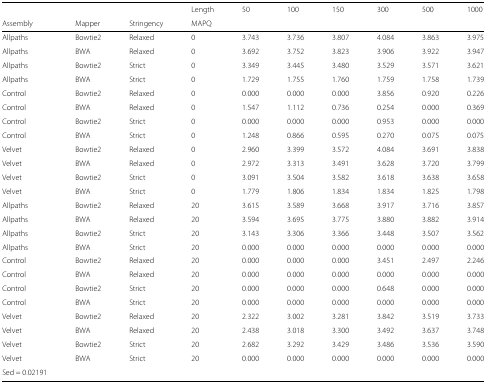
<table><thead><tr><td></td><td></td><td></td><td><b>Length</b></td><td><b>50</b></td><td><b>100</b></td><td><b>150</b></td><td><b>300</b></td><td><b>500</b></td><td><b>1000</b></td></tr><tr><td><b>Assembly</b></td><td><b>Mapper</b></td><td><b>Stringency</b></td><td><b>MAPQ</b></td><td></td><td></td><td></td><td></td><td></td><td></td></tr></thead><tbody><tr><td>Allpaths</td><td>Bowtie2</td><td>Relaxed</td><td>0</td><td>3.743</td><td>3.736</td><td>3.807</td><td>4.084</td><td>3.863</td><td>3.975</td></tr><tr><td>Allpaths</td><td>BWA</td><td>Relaxed</td><td>0</td><td>3.692</td><td>3.752</td><td>3.823</td><td>3.906</td><td>3.922</td><td>3.947</td></tr><tr><td>Allpaths</td><td>Bowtie2</td><td>Strict</td><td>0</td><td>3.349</td><td>3.445</td><td>3.480</td><td>3.529</td><td>3.571</td><td>3.621</td></tr><tr><td>Allpaths</td><td>BWA</td><td>Strict</td><td>0</td><td>1.729</td><td>1.755</td><td>1.760</td><td>1.759</td><td>1.758</td><td>1.739</td></tr><tr><td>Control</td><td>Bowtie2</td><td>Relaxed</td><td>0</td><td>0.000</td><td>0.000</td><td>0.000</td><td>3.856</td><td>0.920</td><td>0.226</td></tr><tr><td>Control</td><td>BWA</td><td>Relaxed</td><td>0</td><td>1.547</td><td>1.112</td><td>0.736</td><td>0.254</td><td>0.000</td><td>0.369</td></tr><tr><td>Control</td><td>Bowtie2</td><td>Strict</td><td>0</td><td>0.000</td><td>0.000</td><td>0.000</td><td>0.953</td><td>0.000</td><td>0.000</td></tr><tr><td>Control</td><td>BWA</td><td>Strict</td><td>0</td><td>1.248</td><td>0.866</td><td>0.595</td><td>0.270</td><td>0.075</td><td>0.075</td></tr><tr><td>Velvet</td><td>Bowtie2</td><td>Relaxed</td><td>0</td><td>2.960</td><td>3.399</td><td>3.572</td><td>4.084</td><td>3.691</td><td>3.838</td></tr><tr><td>Velvet</td><td>BWA</td><td>Relaxed</td><td>0</td><td>2.972</td><td>3.313</td><td>3.491</td><td>3.628</td><td>3.720</td><td>3.799</td></tr><tr><td>Velvet</td><td>Bowtie2</td><td>Strict</td><td>0</td><td>3.091</td><td>3.504</td><td>3.582</td><td>3.618</td><td>3.638</td><td>3.658</td></tr><tr><td>Velvet</td><td>BWA</td><td>Strict</td><td>0</td><td>1.779</td><td>1.806</td><td>1.834</td><td>1.834</td><td>1.825</td><td>1.798</td></tr><tr><td>Allpaths</td><td>Bowtie2</td><td>Relaxed</td><td>20</td><td>3.615</td><td>3.589</td><td>3.668</td><td>3.917</td><td>3.716</td><td>3.857</td></tr><tr><td>Allpaths</td><td>BWA</td><td>Relaxed</td><td>20</td><td>3.594</td><td>3.695</td><td>3.775</td><td>3.880</td><td>3.882</td><td>3.914</td></tr><tr><td>Allpaths</td><td>Bowtie2</td><td>Strict</td><td>20</td><td>3.143</td><td>3.306</td><td>3.366</td><td>3.448</td><td>3.507</td><td>3.562</td></tr><tr><td>Allpaths</td><td>BWA</td><td>Strict</td><td>20</td><td>0.000</td><td>0.000</td><td>0.000</td><td>0.000</td><td>0.000</td><td>0.000</td></tr><tr><td>Control</td><td>Bowtie2</td><td>Relaxed</td><td>20</td><td>0.000</td><td>0.000</td><td>0.000</td><td>3.451</td><td>2.497</td><td>2.246</td></tr><tr><td>Control</td><td>BWA</td><td>Relaxed</td><td>20</td><td>0.000</td><td>0.000</td><td>0.000</td><td>0.000</td><td>0.000</td><td>0.000</td></tr><tr><td>Control</td><td>Bowtie2</td><td>Strict</td><td>20</td><td>0.000</td><td>0.000</td><td>0.000</td><td>0.648</td><td>0.000</td><td>0.000</td></tr><tr><td>Control</td><td>BWA</td><td>Strict</td><td>20</td><td>0.000</td><td>0.000</td><td>0.000</td><td>0.000</td><td>0.000</td><td>0.000</td></tr><tr><td>Velvet</td><td>Bowtie2</td><td>Relaxed</td><td>20</td><td>2.322</td><td>3.002</td><td>3.281</td><td>3.842</td><td>3.519</td><td>3.733</td></tr><tr><td>Velvet</td><td>BWA</td><td>Relaxed</td><td>20</td><td>2.438</td><td>3.018</td><td>3.300</td><td>3.492</td><td>3.637</td><td>3.748</td></tr><tr><td>Velvet</td><td>Bowtie2</td><td>Strict</td><td>20</td><td>2.682</td><td>3.292</td><td>3.429</td><td>3.486</td><td>3.536</td><td>3.590</td></tr><tr><td>Velvet</td><td>BWA</td><td>Strict</td><td>20</td><td>0.000</td><td>0.000</td><td>0.000</td><td>0.000</td><td>0.000</td><td>0.000</td></tr><tr><td>Sed = 0.02191</td><td></td><td></td><td></td><td></td><td></td><td></td><td></td><td></td><td></td></tr></tbody></table>